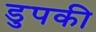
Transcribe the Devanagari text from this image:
डुपकी